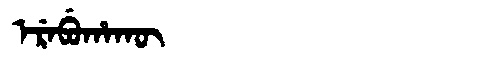
Manchu: ᡝᡵᡝᠪᡠᡥᠠᡴᡡ
Romanization: EREBUHAKŪ